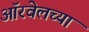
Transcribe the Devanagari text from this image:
ऑरवेलच्या